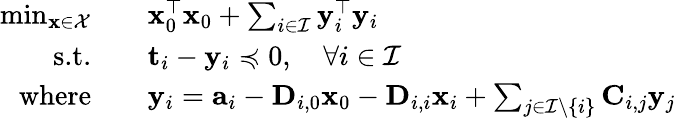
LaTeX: \begin{array}{rl}{\operatorname*{min}_{\mathbf{x}\in\mathcal{X}}\quad}&{\mathbf{x}_{0}^{\top}\mathbf{x}_{0}+\sum_{i\in\mathcal{I}}\mathbf{y}_{i}^{\top}\mathbf{y}_{i}}\\ {\textrm{s.t.}\quad}&{\mathbf{t}_{i}-\mathbf{y}_{i}\preccurlyeq 0,\quad\forall i\in\mathcal{I}}\\ {\textrm{where}\quad}&{\mathbf{y}_{i}=\mathbf{a}_{i}-\mathbf{D}_{i,0}\mathbf{x}_{0}-\mathbf{D}_{i,i}\mathbf{x}_{i}+\sum_{j\in\mathcal{I}\backslash\{ i\} }\mathbf{C}_{i,j}\mathbf{y}_{j}}\end{array}